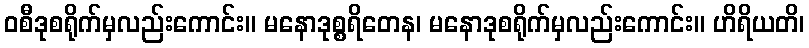
ဝစီဒုစရိုက်မှလည်းကောင်း။ မနောဒုစ္စရိတေန၊ မနောဒုစရိုက်မှလည်းကောင်း။ ဟိရိယတိ၊